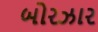
બોરઝાર